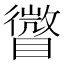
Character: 𥋪